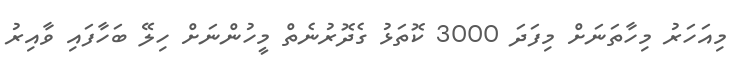
މިއަހަރު މިހާތަނަށް މިފަދަ 3000 ކޮތަޅު ގެދޮރުނެތް މީހުންނަށް ހިލޭ ބަހާފައި ވާއިރު